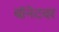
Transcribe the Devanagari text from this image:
बॉनेटवर